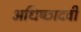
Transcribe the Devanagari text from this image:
अधिष्छादेवी